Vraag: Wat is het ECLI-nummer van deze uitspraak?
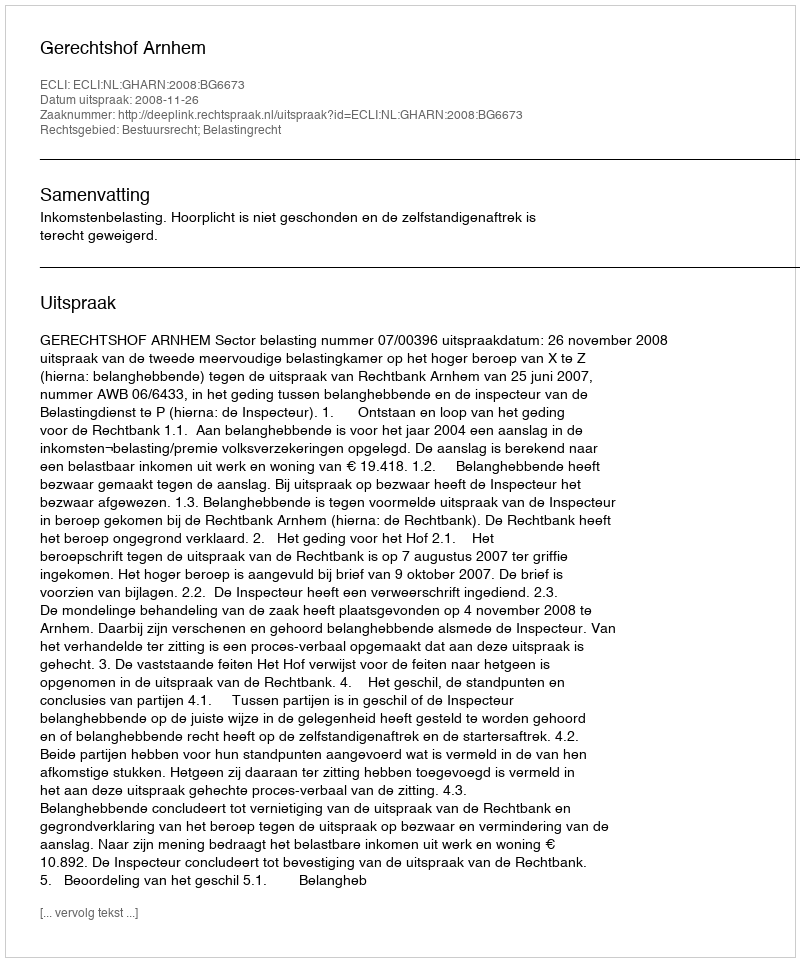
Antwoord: ECLI:NL:GHARN:2008:BG6673